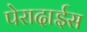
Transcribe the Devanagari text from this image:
पेरादाईस